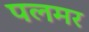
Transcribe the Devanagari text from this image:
पलमर